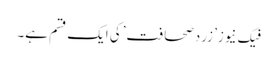
فیک نیوز’ زردصحافت’کی ایک قسم ہے۔